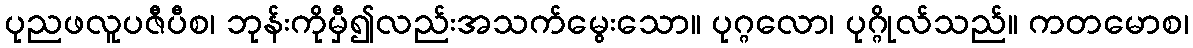
ပုညဖလူပဇီပီစ၊ ဘုန်းကိုမှီ၍လည်းအသက်မွေးသော။ ပုဂ္ဂလော၊ ပုဂ္ဂိုလ်သည်။ ကတမောစ၊